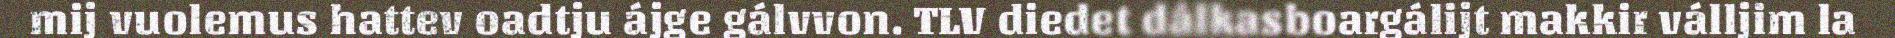
mij vuolemus hattev oadtju ájge gálvvon. TLV diedet dálkasboargálijt makkir válljim la